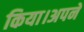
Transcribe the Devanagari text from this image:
किया।अपने